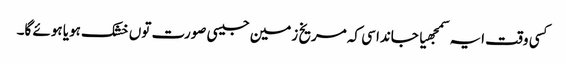
کسی وقت ایہ سمجھیا جاندا سی کہ مریخ زمین جیسی صورت تو‏ں خشک ہویا ہوئے گا۔